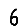
Digit: 6